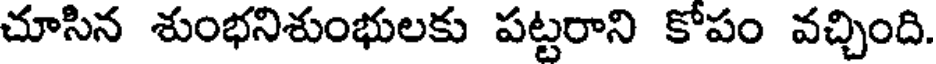
చూసిన శుంభనిశుంభులకు పట్టరాని కోపం వచ్చింది.